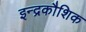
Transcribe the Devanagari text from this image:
इन्द्रकौशिक